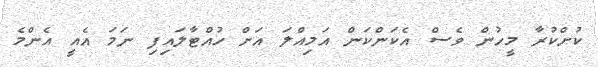
ކުށްކުރާ މީހުން ވެސް އެކަންކަން އަމިއްލަ އަށް ހުއްޓާލައިފި ނަމަ އެއީ އެންމެ